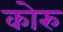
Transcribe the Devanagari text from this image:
कोरु